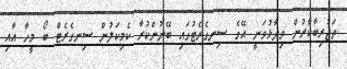
ތަޖުރިބާކާރުން ވިދާޅުވަނީ އޭގެ ސިނގެރެޓުގައި ބޭނުންކުރާ ކެމިކަލުން ސިނގެރެޓް ބޯ މީހާ އާއި